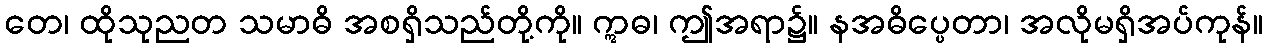
တေ၊ ထိုသုညတ သမာဓိ အစရှိသည်တို့ကို။ ဣဓ၊ ဤအရာ၌။ နအဓိပ္ပေတာ၊ အလိုမရှိအပ်ကုန်။